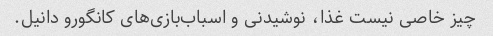
چیز خاصی نیست غذا، نوشیدنی و اسباب‌بازی‌های کانگورو دانیل.